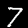
Label: 7